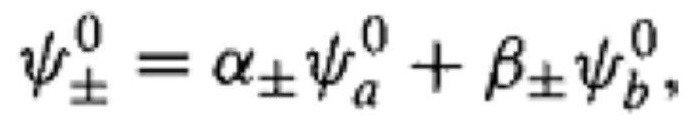
$\psi_{\pm}^{0}=\alpha_{\pm}\psi_{a}^{0}+\beta_{\pm}\psi_{b}^{0},$